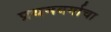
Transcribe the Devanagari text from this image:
प्रथमवर्गाचा